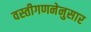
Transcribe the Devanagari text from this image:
वस्तीगणनेनुसार